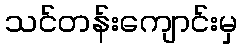
သင်တန်းကျောင်းမှ